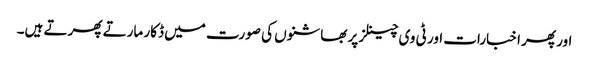
اور پھر اخبارات اور ٹی وی چینلز پر بھاشنوں کی صورت میں ڈکار مارتے پھرتے ہیں۔